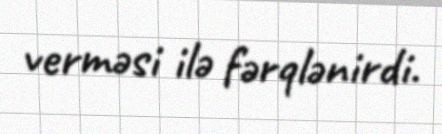
verməsi ilə fərqlənirdi.